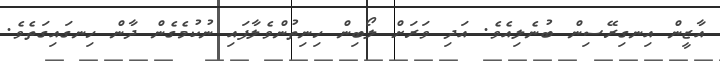
އާޒީން އިނގިރޭސިން ބުނެލިއެވެ. އަދި ވަރަށް ލޯބިން ހިނިތުންވެލާފައި ނުކުމެގެން ދާން ހިނގައިގަތެވެ.